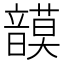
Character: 𩐻